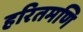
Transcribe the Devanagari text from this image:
हरितमणि